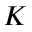
K